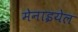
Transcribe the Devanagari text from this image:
मेनाइयेल